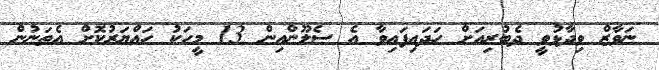
ނަވާޒް ވިދާޅުވީ ދެބުރިއަށް ހަަދައިފައިވާ އެ ސެލޫންއިން 13 މީހަކު ހައްޔަރުކޮށް އެތަނުން